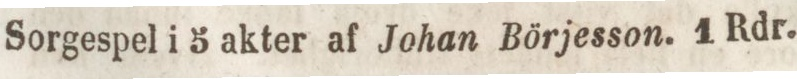
Sorgespel i 5 akter af Johan Börjesson. 1 Rdr.